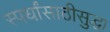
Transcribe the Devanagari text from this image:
स्पर्धांसाठीसुद्धा